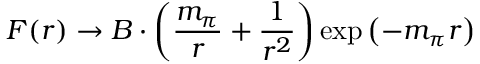
F ( r ) \rightarrow B \cdot \left( \frac { m _ { \pi } } { r } + \frac { 1 } { r ^ { 2 } } \right) \exp \left( - m _ { \pi } r \right)